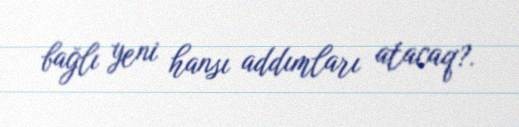
bağlı yeni hansı addımları atacaq?.